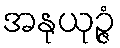
အနုယုဉ္ဇံ